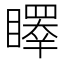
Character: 𥋭